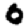
Digit: 0